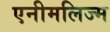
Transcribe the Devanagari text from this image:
एनीमलिज्म